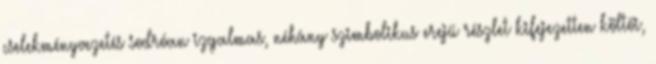
cselekményvezetés sodróan izgalmas, néhány szimbolikus erejű részlet kifejezetten költői,